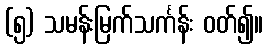
(၅) သမန်းမြက်သင်္ကန်း ဝတ်၍။